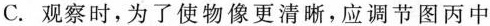
C. 观察时，为了使物像更清晰，应调节图丙中